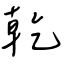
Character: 乾